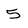
Character: 5